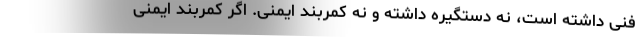
فنی داشته است، نه دستگیره داشته و نه کمربند ایمنی. اگر کمربند ایمنی